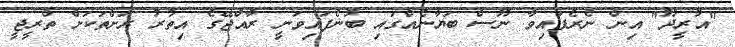
"އުރީދޫ" އިން ނެރެފައިވާ ނޫސް ބަޔާނެއްގައި ބުނެފައިވަނީ ރާއްޖޭގެ އިތުރު ރަށްތަކަށް ތްރީޖީ